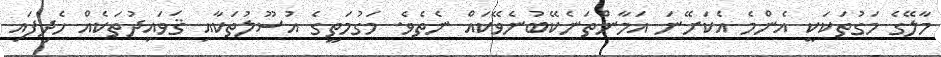
މާލޭގެ މަގުތަކަކީ އެންމެ އެކަށޭނަ އަމާންތަނެކޭބުނެވޭކައް ނެތެވެ. މަގުމަތީގެ އުސޫލުތަކާއި ޤަވައިދުތަކެއް ހެދިފައި